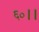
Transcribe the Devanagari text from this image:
६०।।